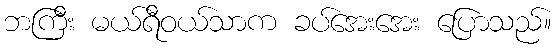
ဘကြီး မယ်ရီဝယ်သာက ခပ်အေးအေး ပြောသည်။